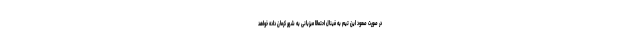
در صورت صعود این تیم به فینال احتمالا میزبانی به شهر کرمان داده خواهد